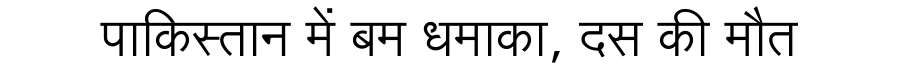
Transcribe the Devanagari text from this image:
पाकिस्तान में बम धमाका, दस की मौत